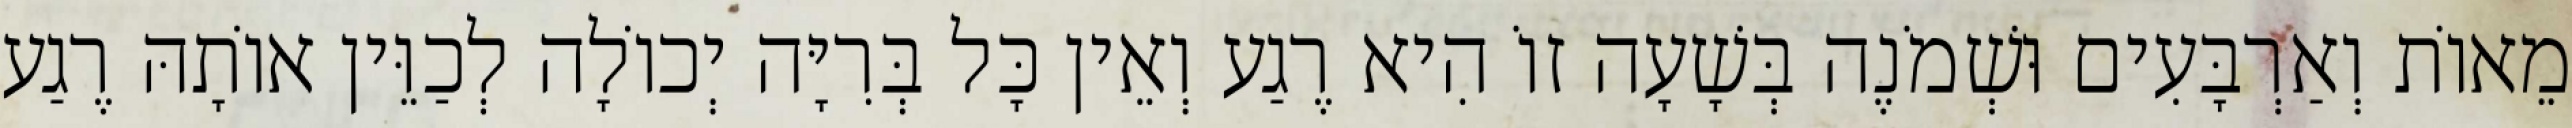
מֵאוֹת וְאַרְבָּעִים וּשְׁמֹנֶה בְּשָׁעָה זוֹ הִיא רֶגַע וְאֵין כָּל בְּרִיָּה יְכוֹלָה לְכַוֵּין אוֹתָהּ רֶגַע